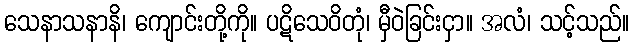
သေနာသနာနိ၊ ကျောင်းတို့ကို။ ပဋိသေဝိတုံ၊ မှီဝဲခြင်းငှာ။ အလံ၊ သင့်သည်။